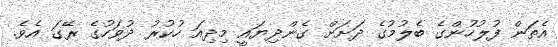
އެތަން ފުލުހުންގެ ބެލުމުގެ ދަށަށް ގެންދިޔައީ މިދިއަ ހުކުރު ދުވަހުގެ ރޭގަ އެވެ.